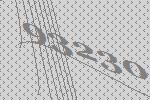
93230